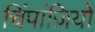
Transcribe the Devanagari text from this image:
चिंपांज़ियों